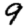
Digit: 9